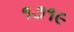
૧૭૧૯